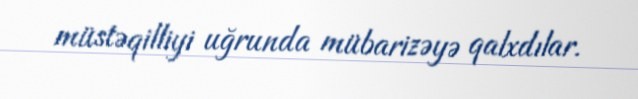
müstəqilliyi uğrunda mübarizəyə qalxdılar.